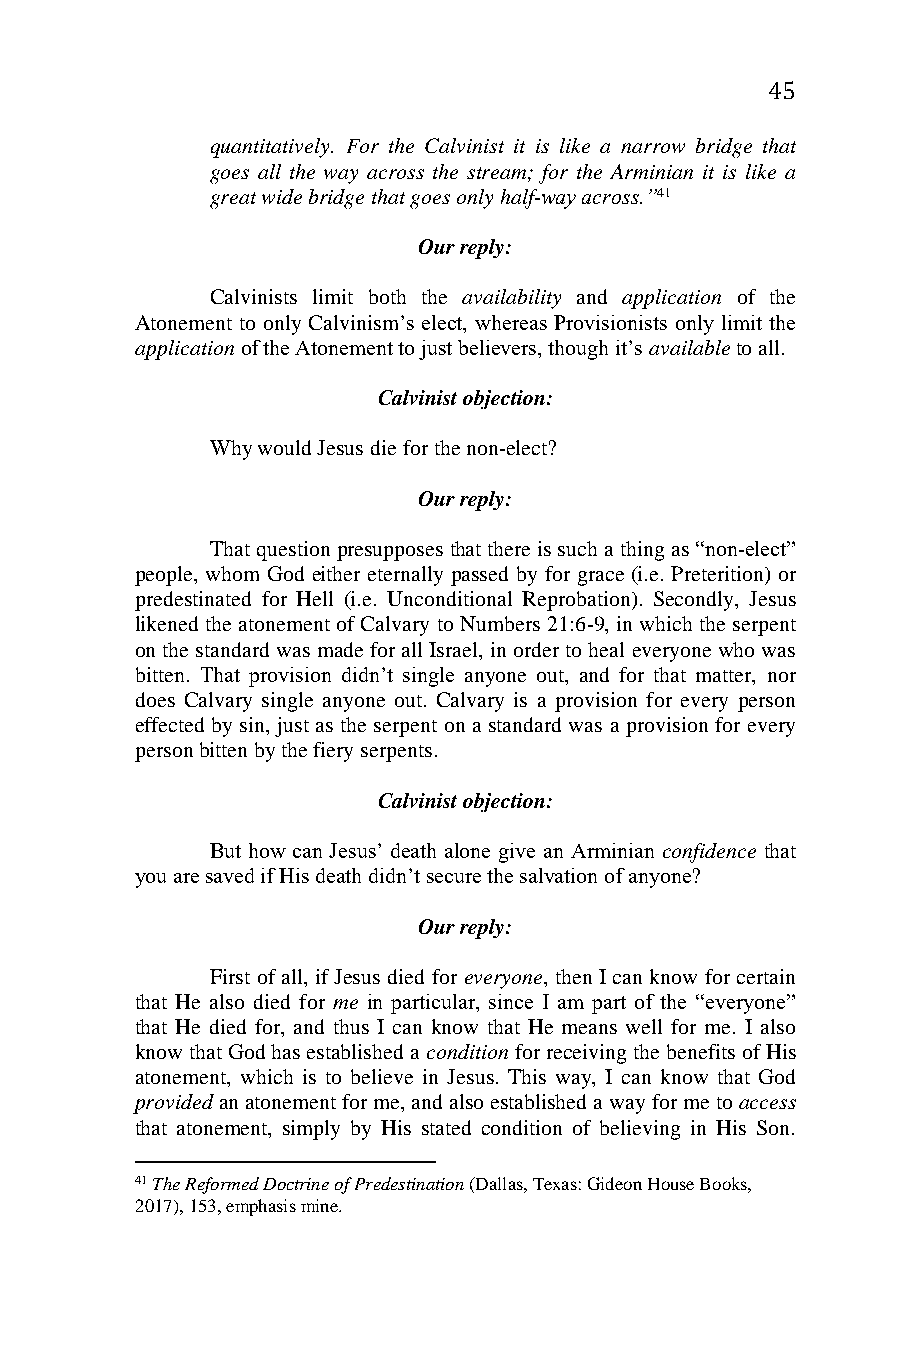
45
 quantitatively. For the Calvinist it is like a narrow bridge that
 goes all the way across the stream; for the Arminian it is like a
 great wide bridge that goes only half-way across.”41
 Our reply:
 Calvinists limit both the availability and application of the
 Atonement to only Calvinism’s elect, whereas Provisionists only limit the
 application of the Atonement to just believers, though it’s available to all.
 Calvinist objection:
 Why would Jesus die for the non-elect?
 Our reply:
 That question presupposes that there is such a thing as “non-elect”
 people, whom God either eternally passed by for grace (i.e. Preterition) or
 predestinated for Hell (i.e. Unconditional Reprobation). Secondly, Jesus
 likened the atonement of Calvary to Numbers 21:6-9, in which the serpent
 on the standard was made for all Israel, in order to heal everyone who was
 bitten. That provision didn’t single anyone out, and for that matter, nor
 does Calvary single anyone out. Calvary is a provision for every person
 effected by sin, just as the serpent on a standard was a provision for every
 person bitten by the fiery serpents.
 Calvinist objection:
 But how can Jesus’ death alone give an Arminian confidence that
 you are saved if His death didn’t secure the salvation of anyone?
 Our reply:
 First of all, if Jesus died for everyone, then I can know for certain
 that He also died for me in particular, since I am part of the “everyone”
 that He died for, and thus I can know that He means well for me. I also
 know that God has established a condition for receiving the benefits of His
 atonement, which is to believe in Jesus. This way, I can know that God
 provided an atonement for me, and also established a way for me to access
 that atonement, simply by His stated condition of believing in His Son.
 41 The Reformed Doctrine of Predestination (Dallas, Texas: Gideon House Books,
 2017), 153, emphasis mine.